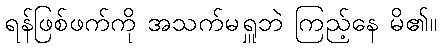
ရန်ဖြစ်ဖက်ကို အသက်မရှူဘဲ ကြည့်နေ မိ၏။